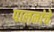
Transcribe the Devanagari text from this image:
पालनांचे